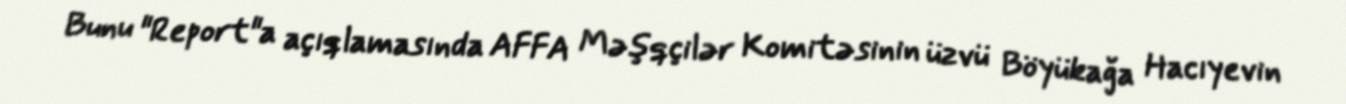
Bunu "Report"a açıqlamasında AFFA Məşqçilər Komitəsinin üzvü Böyükağa Hacıyevin